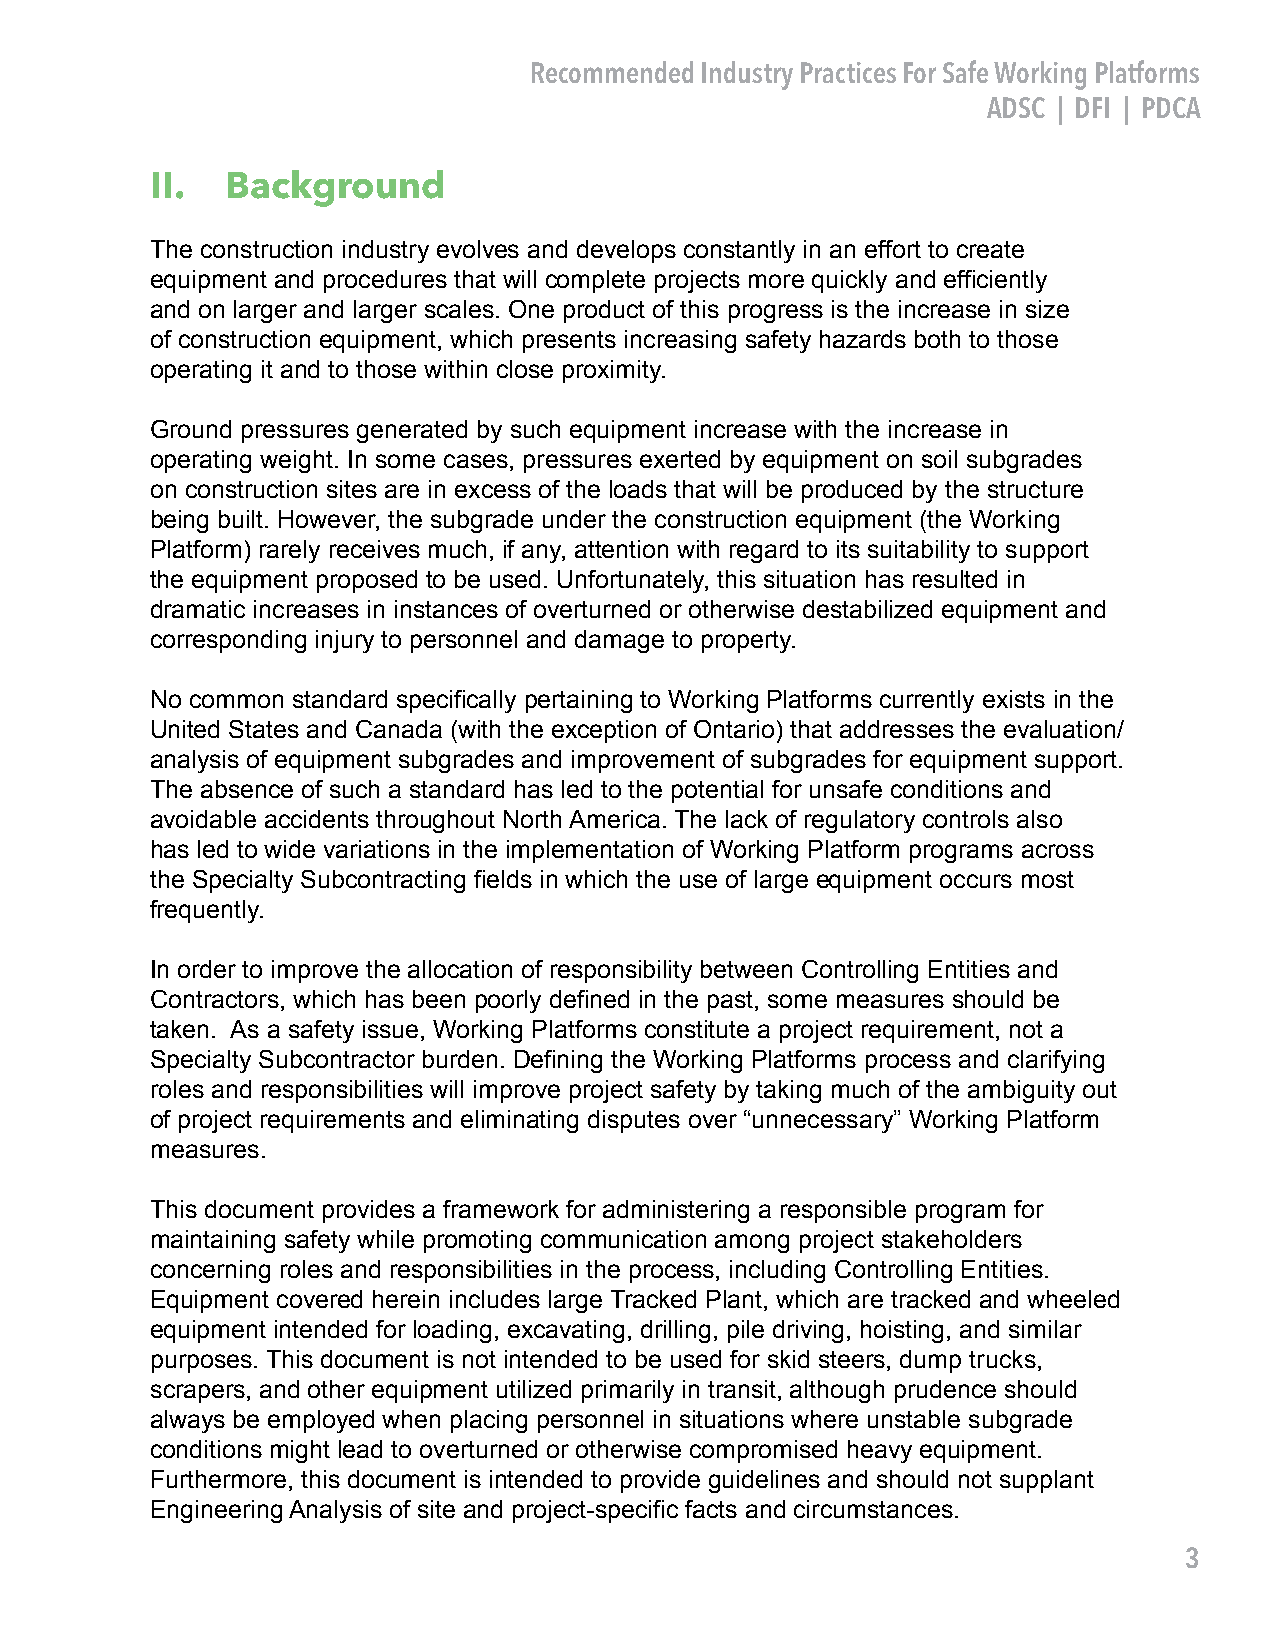
Recommended Industry Practices For Safe Working Platforms
 ADSC | DFI | PDCA
 II.  Background
 The construction industry evolves and develops constantly in an effort to create
 equipment and procedures that will complete projects more quickly and efficiently
 and on larger and larger scales. One product of this progress is the increase in size
 of construction equipment, which presents increasing safety hazards both to those
 operating it and to those within close proximity.
 Ground pressures generated by such equipment increase with the increase in
 operating weight. In some cases, pressures exerted by equipment on soil subgrades
 on construction sites are in excess of the loads that will be produced by the structure
 being built. However, the subgrade under the construction equipment (the Working
 Platform) rarely receives much, if any, attention with regard to its suitability to support
 the equipment proposed to be used. Unfortunately, this situation has resulted in
 dramatic increases in instances of overturned or otherwise destabilized equipment and
 corresponding injury to personnel and damage to property.
 No common standard specifically pertaining to Working Platforms currently exists in the
 United States and Canada (with the exception of Ontario) that addresses the evaluation/
 analysis of equipment subgrades and improvement of subgrades for equipment support.
 The absence of such a standard has led to the potential for unsafe conditions and
 avoidable accidents throughout North America. The lack of regulatory controls also
 has led to wide variations in the implementation of Working Platform programs across
 the Specialty Subcontracting fields in which the use of large equipment occurs most
 frequently.
 In order to improve the allocation of responsibility between Controlling Entities and
 Contractors, which has been poorly defined in the past, some measures should be
 taken. As a safety issue, Working Platforms constitute a project requirement, not a
 Specialty Subcontractor burden. Defining the Working Platforms process and clarifying
 roles and responsibilities will improve project safety by taking much of the ambiguity out
 of project requirements and eliminating disputes over “unnecessary” Working Platform
 measures.
 This document provides a framework for administering a responsible program for
 maintaining safety while promoting communication among project stakeholders
 concerning roles and responsibilities in the process, including Controlling Entities.
 Equipment covered herein includes large Tracked Plant, which are tracked and wheeled
 equipment intended for loading, excavating, drilling, pile driving, hoisting, and similar
 purposes. This document is not intended to be used for skid steers, dump trucks,
 scrapers, and other equipment utilized primarily in transit, although prudence should
 always be employed when placing personnel in situations where unstable subgrade
 conditions might lead to overturned or otherwise compromised heavy equipment.
 Furthermore, this document is intended to provide guidelines and should not supplant
 Engineering Analysis of site and project-specific facts and circumstances.
 3